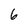
Character: 6